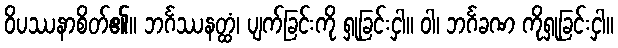
ဝိပဿနာစိတ်၏။ ဘင်္ဂဿနတ္ထံ၊ ပျက်ခြင်းကို ရှုခြင်းငှါ။ ဝါ၊ ဘင်္ဂခဏ ကိုရှုခြင်းငှါ။